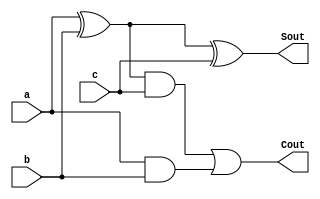
module FullAdder(Sout,Cout,a,b,c);
  input a,b,c;
  output Sout,Cout;
  wire s1,c1,c2;
  
  xor x1(s1,a,b);
  and a1(c1,a,b);
  xor x2(Sout,s1,c);
  and a2(c2,s1,c);
  or o1(Cout,c2,c1);
  
  
  
endmodule